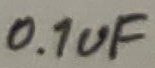
Text: 0.1uF